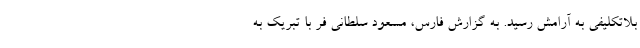
بلاتکلیفی به آرامش رسید. به گزارش فارس، مسعود سلطانی فر با تبریک به